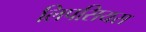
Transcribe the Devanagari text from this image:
लिपसियस